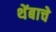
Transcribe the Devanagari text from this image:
थेंबाचे